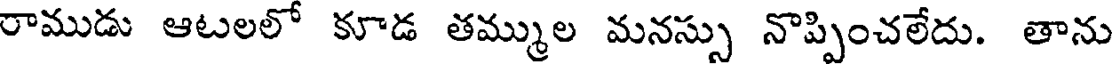
రాముడు ఆటలలో కూడ తమ్ముల మనస్సు నొప్పించలేదు. తాను